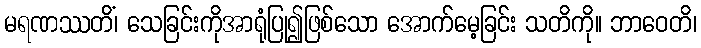
မရဏဿတိံ၊ သေခြင်းကိုအာရုံပြု၍ဖြစ်သော အောက်မေ့ခြင်း သတိကို။ ဘာဝေတိ၊